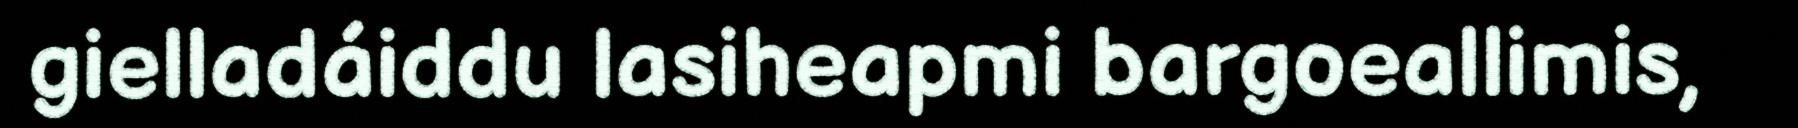
gielladáiddu lasiheapmi bargoeallimis,